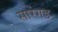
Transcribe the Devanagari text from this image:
सारंगड